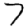
Digit: 7